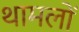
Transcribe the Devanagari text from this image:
थामलों